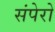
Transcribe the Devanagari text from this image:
संपेरो